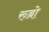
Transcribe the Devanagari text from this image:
रुब्रो